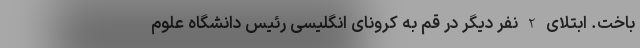
باخت. ابتلای 2 نفر دیگر در قم به کرونای انگلیسی رئیس دانشگاه علوم